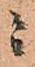
ニ